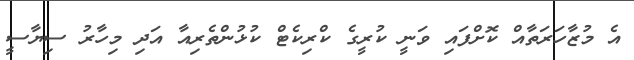
އެ މުޒާހަރަތާއް ކޮށްފައި ވަނީ ކުރީގެ ކްރިކެޓް ކުޅުންތެރިއާ އަދި މިހާރު ސިޔާސީ